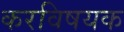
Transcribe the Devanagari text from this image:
करविषयक